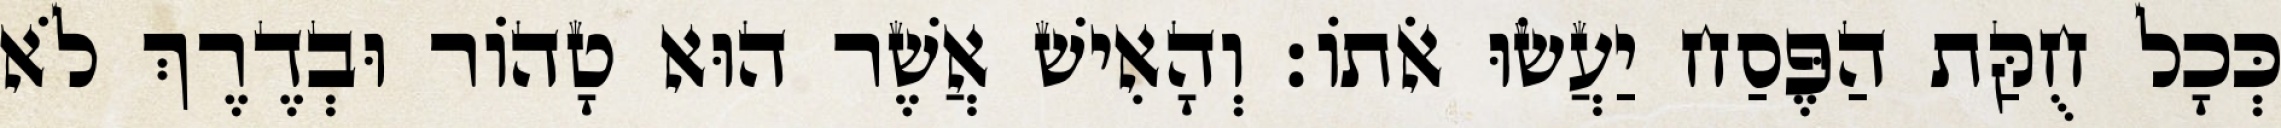
כְּכָל חֻקַּת הַפֶּסַח יַעֲשׂוּ אֹתוֹ׃ וְהָאִישׁ אֲשֶׁר הוּא טָהוֹר וּבְדֶרֶךְ לֹא